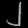
Digit: ၂